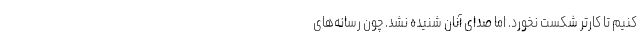
کنیم تا کارتر شکست نخورد. اما صدای آنان شنیده نشد. چون رسانه‌های